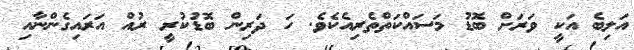
އަލިބެ އަކީ ވަރަށް ބޮޑު މަސައްކަތްތެރިއެކެވެ. ހަ ދަރިން ބޮޑުކުރީ ރުއް އަރައިގެންނާއި